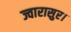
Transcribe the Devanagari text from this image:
ज्वारासुर।